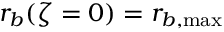
r _ { b } ( \zeta = 0 ) = r _ { b , \mathrm { m a x } }